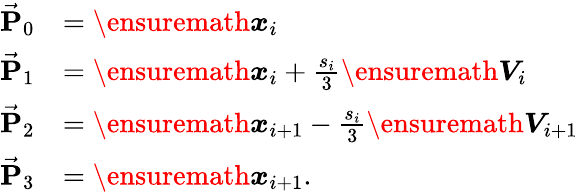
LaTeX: \begin{array}{rl}{\vec{\mathbf P}_{0}}&{=\ensuremath{\boldsymbol{x}}_{i}}\\ {\vec{\mathbf P}_{1}}&{=\ensuremath{\boldsymbol{x}}_{i}+\frac{s_{i}}{3}\ensuremath{\boldsymbol{V}}_{i}}\\ {\vec{\mathbf P}_{2}}&{=\ensuremath{\boldsymbol{x}}_{i+1}-\frac{s_{i}}{3}\ensuremath{\boldsymbol{V}}_{i+1}}\\ {\vec{\mathbf P}_{3}}&{=\ensuremath{\boldsymbol{x}}_{i+1}.}\end{array}